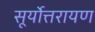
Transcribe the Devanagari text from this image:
सूर्योत्तरायण